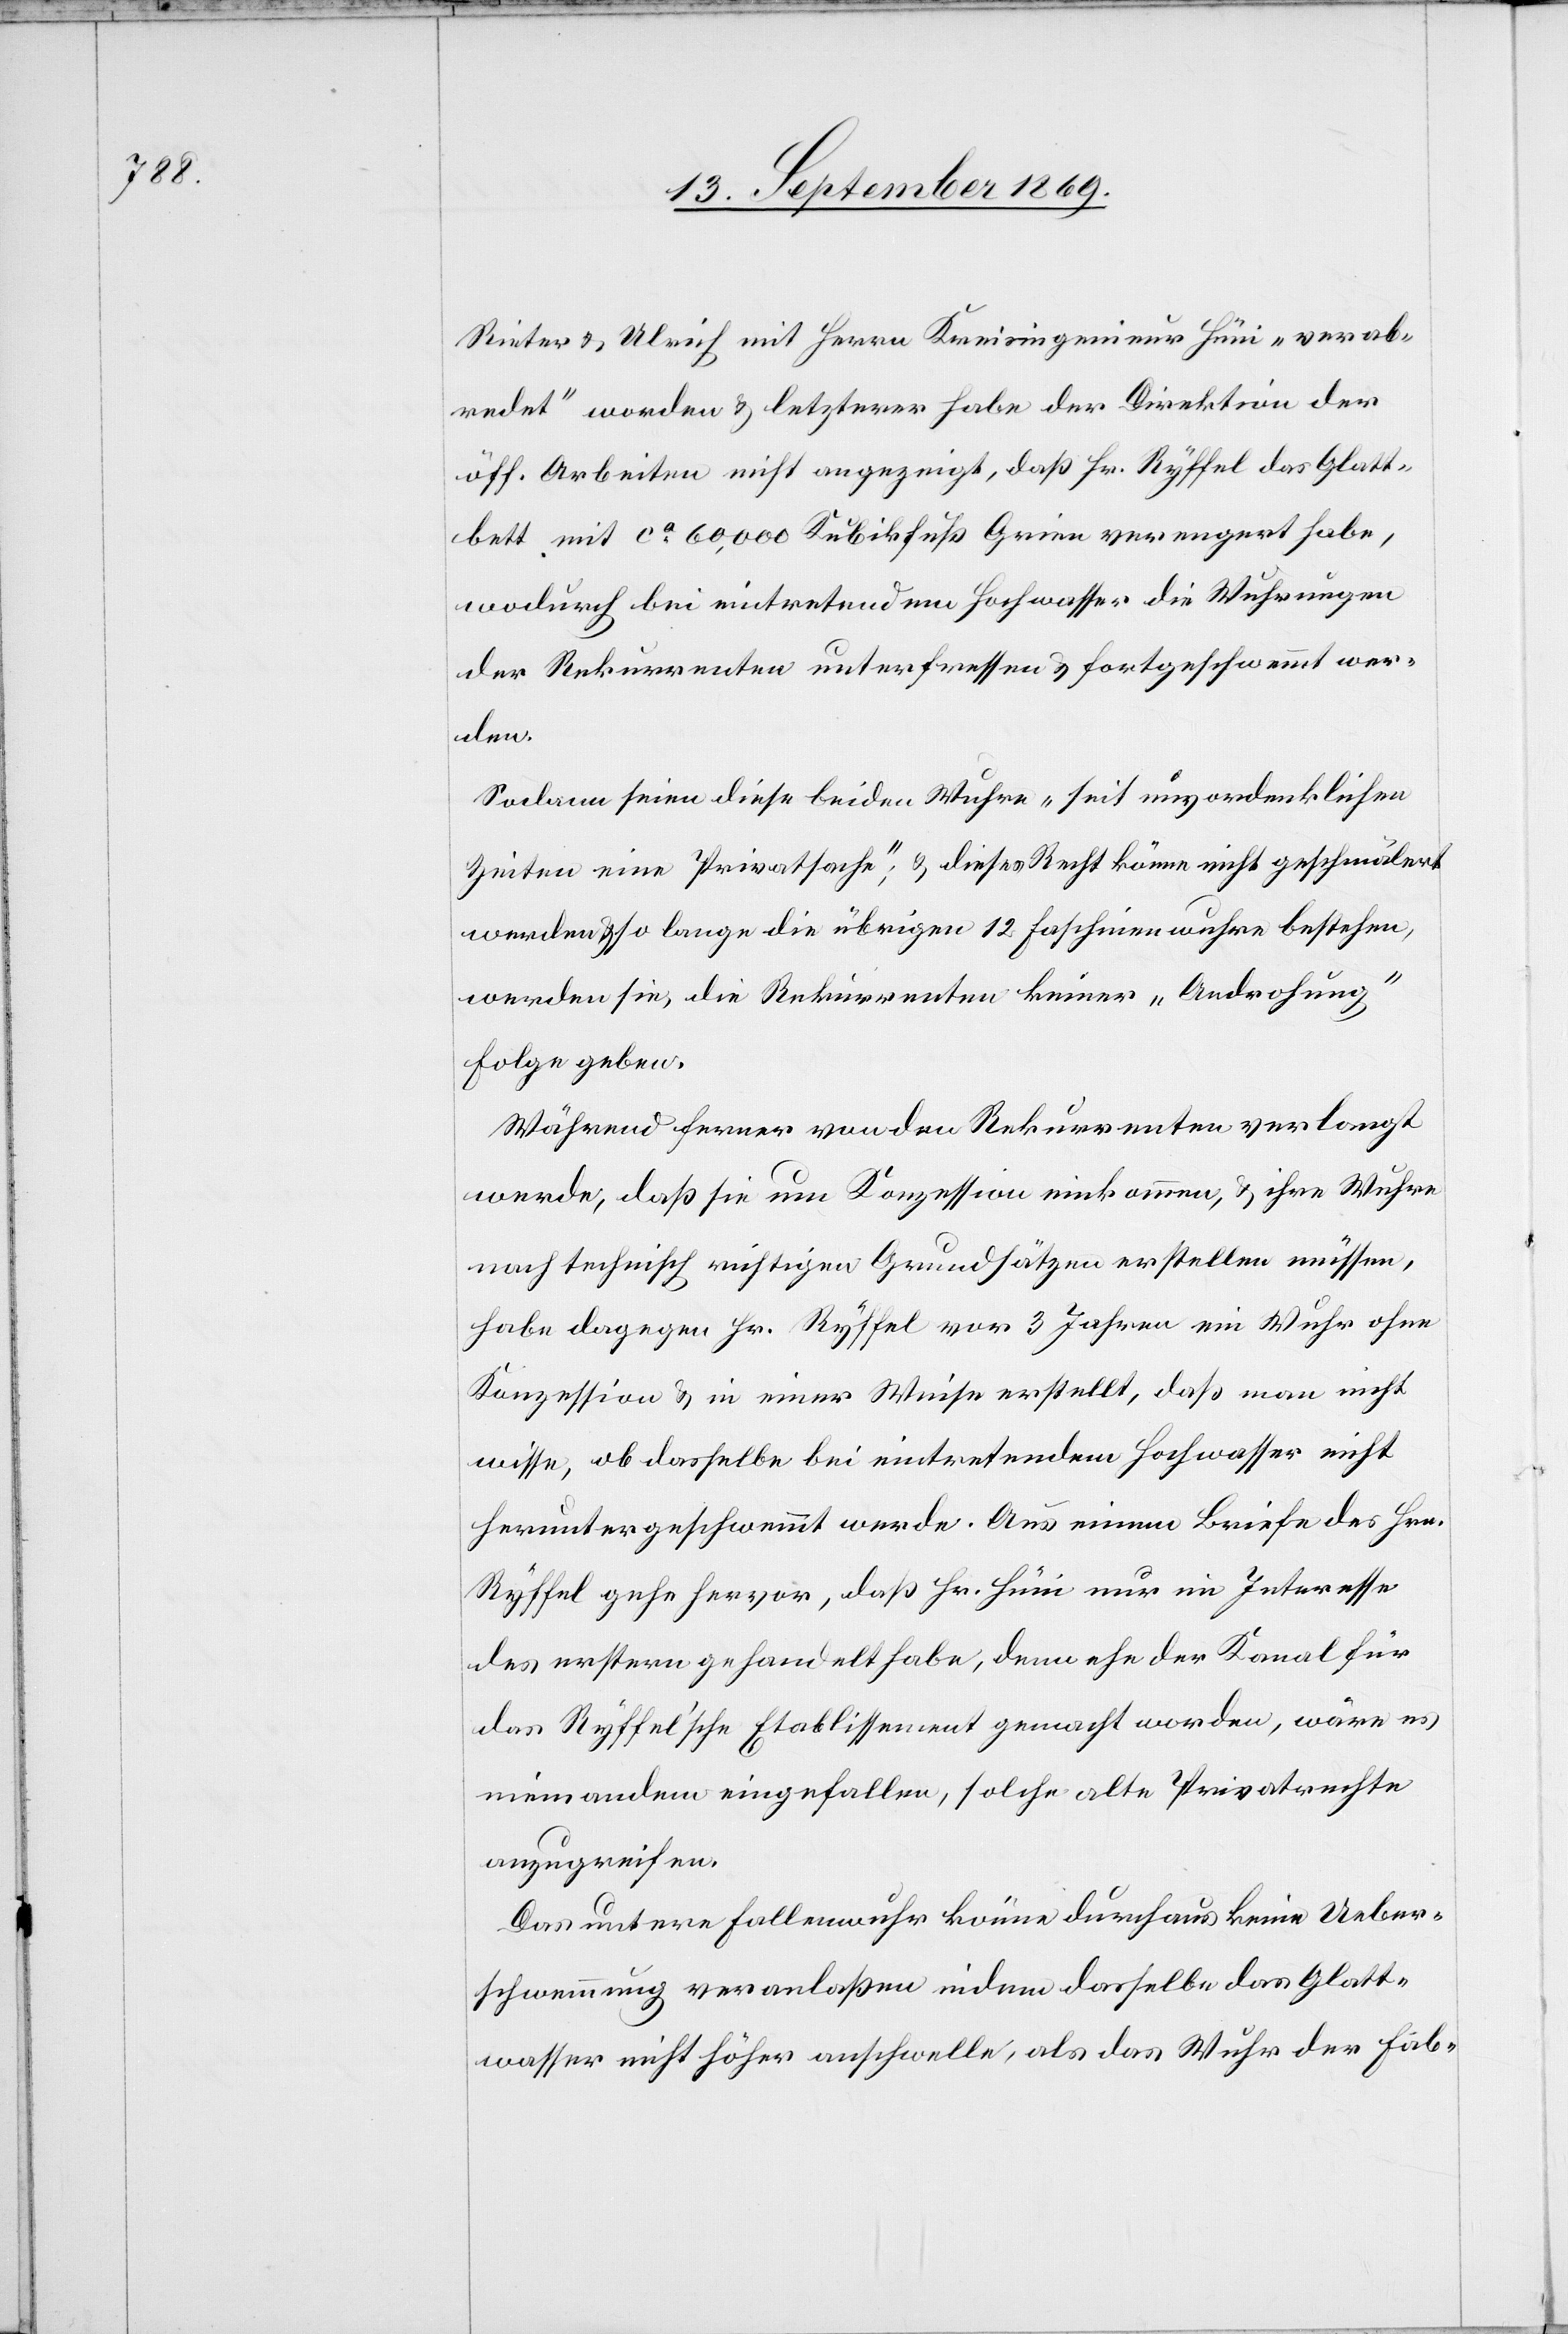
Rieter & Ulrich mit Herrn Kreisingenieur Hüni „verab¬
redet“ worden & letzerer habe der Direktion der
öff. Arbeiten nicht angezeigt, daß Hr. Ryffel das Glatt¬
bett mit ca 60,000 Kubikfuß Grien verengert habe,
wodurch bei eintretendem Hochwasser die Wuhrungen
der Rekurrenten unterfressen & Fortgeschwemmt wer¬
den.
Sodann seien diese beiden Wuhre „seit unvordenklichen
Zeiten eine Privatsache“; & dieses Recht könne nicht geschmälert
werden & so lange die übrigen 12 Faschinenwuhre bestehen,
werden sie, die Rekurrenten keiner „Androhung“
Folge geben.
Während ferner von den Rekurrenten verlangt
werde, daß sie um Konzession einkommen, & ihre Wuhre
nach technisch richtigen Grundsätzen erstellen müssen,
habe dagegen Hr. Ryffel vor 3 Jahren ein Wuhr ohne
Konzession & in einer Weise erstellt, daß man nicht
wisse, ob dasselbe bei eintretendem Hochwasser nicht
heruntergeschwemmt werde. Aus einem Briefe des Hrn.
Ryffel gehe hervor, daß Hr. Hüni nur im Interesse
des erstern gehandelt habe, denn ehe der Kanal für
das Ryffel’sche Etablissement gemacht worden, wäre es
niemandem eingefallen, solche alte Privatrechte
anzugreifen.
Das untere Fallenwuhr könne durchaus keine Ueber¬
schwemmung veranlaßen indem dasselbe das Glatt¬
wasser nicht höher anschwelle, als das Wuhr der Fab-